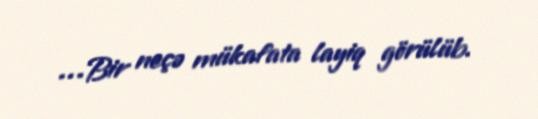
…Bir neçə mükafata layiq görülüb.